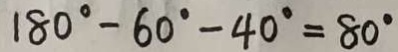
1 8 0 ^ { \circ } - 6 0 ^ { \circ } - 4 0 ^ { \circ } = 8 0 ^ { \circ }